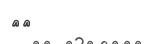
٦٤